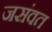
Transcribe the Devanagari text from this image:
जसंवत